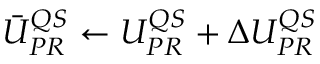
\begin{array} { r } { \bar { U } _ { P R } ^ { Q S } \leftarrow U _ { P R } ^ { Q S } + \Delta U _ { P R } ^ { Q S } } \end{array}